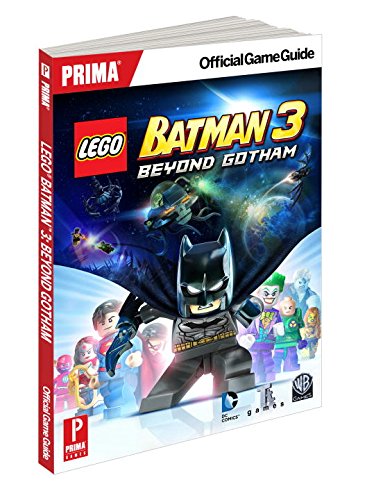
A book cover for Lego Batman 3: Beyond Gotham: Prima Official Game Guides; Prima Games; Humor & Entertainment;